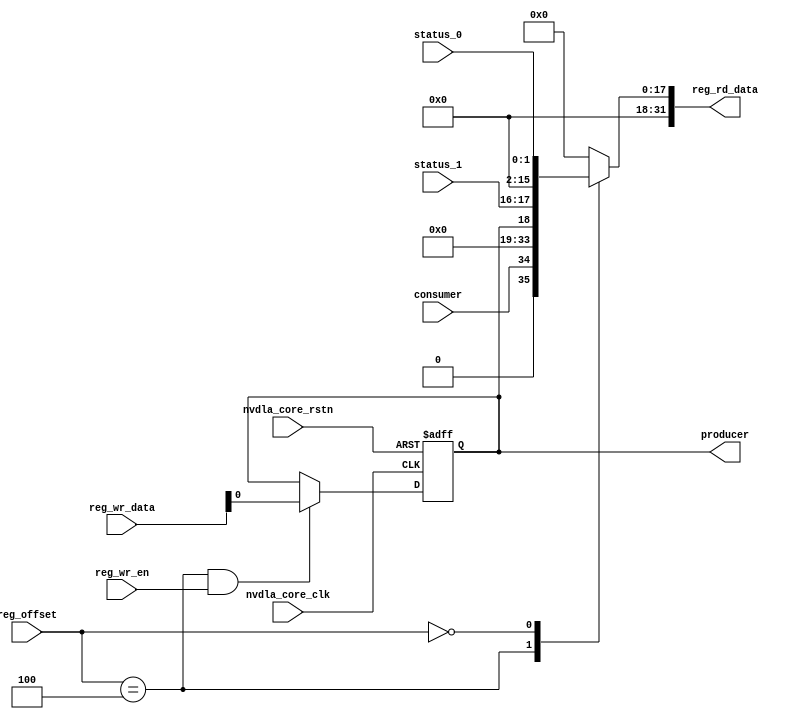
module NV_NVDLA_CMAC_REG_single (
   reg_rd_data
  ,reg_offset
// verilint 498 off
// leda UNUSED_DEC off
  ,reg_wr_data
// verilint 498 on
// leda UNUSED_DEC on
  ,reg_wr_en
  ,nvdla_core_clk
  ,nvdla_core_rstn
  ,producer
  ,consumer
  ,status_0
  ,status_1
  );
wire [31:0] nvdla_cmac_a_s_pointer_0_out;
wire [31:0] nvdla_cmac_a_s_status_0_out;
wire [11:0] reg_offset_rd_int;
wire [31:0] reg_offset_wr;
// Register control interface
output [31:0] reg_rd_data;
input [11:0] reg_offset;
input [31:0] reg_wr_data; //(UNUSED_DEC)
input reg_wr_en;
input nvdla_core_clk;
input nvdla_core_rstn;
// Writable register flop/trigger outputs
output producer;
// Read-only register inputs
input consumer;
input [1:0] status_0;
input [1:0] status_1;
// wr_mask register inputs
// rstn register inputs
// leda FM_2_23 off
reg arreggen_abort_on_invalid_wr;
reg arreggen_abort_on_rowr;
reg arreggen_dump;
// leda FM_2_23 on
reg producer;
reg [31:0] reg_rd_data;
assign reg_offset_wr = {20'b0 , reg_offset};
// SCR signals
// Address decode
wire nvdla_cmac_a_s_pointer_0_wren = (reg_offset_wr == (32'h7004 & 32'h00000fff)) & reg_wr_en ; //spyglass disable UnloadedNet-ML //(W528)
wire nvdla_cmac_a_s_status_0_wren = (reg_offset_wr == (32'h7000 & 32'h00000fff)) & reg_wr_en ; //spyglass disable UnloadedNet-ML //(W528)
assign nvdla_cmac_a_s_pointer_0_out[31:0] = { 15'b0, consumer, 15'b0, producer };
assign nvdla_cmac_a_s_status_0_out[31:0] = { 14'b0, status_1, 14'b0, status_0 };
assign reg_offset_rd_int = reg_offset;
// Output mux
//spyglass disable_block W338, W263
always @(
  reg_offset_rd_int
  or nvdla_cmac_a_s_pointer_0_out
  or nvdla_cmac_a_s_status_0_out
  ) begin
  case (reg_offset_rd_int)
     (32'h7004 & 32'h00000fff): begin
                            reg_rd_data = nvdla_cmac_a_s_pointer_0_out ;
                            end
     (32'h7000 & 32'h00000fff): begin
                            reg_rd_data = nvdla_cmac_a_s_status_0_out ;
                            end
    default: reg_rd_data = {32{1'b0}};
  endcase
end
//spyglass enable_block W338, W263
// spyglass disable_block STARC-2.10.1.6, NoConstWithXZ, W443
// Register flop declarations
always @(posedge nvdla_core_clk or negedge nvdla_core_rstn) begin
  if (!nvdla_core_rstn) begin
    producer <= 1'b0;
  end else begin
// Not generating flops for read-only field NVDLA_CMAC_A_S_POINTER_0::consumer
// Register: NVDLA_CMAC_A_S_POINTER_0 Field: producer
  if (nvdla_cmac_a_s_pointer_0_wren) begin
    producer <= reg_wr_data[0];
  end
// Not generating flops for read-only field NVDLA_CMAC_A_S_STATUS_0::status_0
// Not generating flops for read-only field NVDLA_CMAC_A_S_STATUS_0::status_1
  end
end
// spyglass enable_block STARC-2.10.1.6, NoConstWithXZ, W443
// synopsys translate_off
// VCS coverage off
initial begin
  arreggen_dump = $test$plusargs("arreggen_dump_wr");
  arreggen_abort_on_rowr = $test$plusargs("arreggen_abort_on_rowr");
  arreggen_abort_on_invalid_wr = $test$plusargs("arreggen_abort_on_invalid_wr");
`ifdef VERILATOR
`else
  $timeformat(-9, 2, "ns", 15);
`endif
end
always @(posedge nvdla_core_clk) begin
  if (reg_wr_en) begin
    case(reg_offset)
      (32'h7004 & 32'h00000fff): if (arreggen_dump) $display("%t:%m: reg wr: NVDLA_CMAC_A_S_POINTER_0 = 0x%h (old value: 0x%h, 0x%b))", $time, reg_wr_data, nvdla_cmac_a_s_pointer_0_out, nvdla_cmac_a_s_pointer_0_out);
      (32'h7000 & 32'h00000fff): begin
          if (arreggen_dump) $display("%t:%m: read-only reg wr: NVDLA_CMAC_A_S_STATUS_0 = 0x%h", $time, reg_wr_data);
          if (arreggen_abort_on_rowr) begin $display("ERROR: write to read-only register!"); $finish; end
        end
      default: begin
          if (arreggen_dump) $display("%t:%m: reg wr: Unknown register (0x%h) = 0x%h", $time, reg_offset, reg_wr_data);
          if (arreggen_abort_on_invalid_wr) begin $display("ERROR: write to undefined register!"); $finish; end
        end
    endcase
  end
end
// VCS coverage on
// synopsys translate_on
endmodule